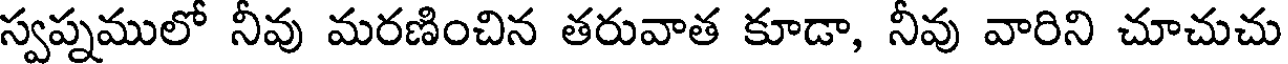
స్వప్నములో నీవు మరణించిన తరువాత కూడా, నీవు వారిని చూచుచు